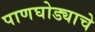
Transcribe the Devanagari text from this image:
पाणघोड्याचे